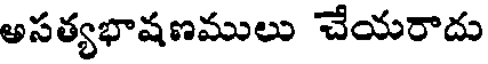
అసత్యభాషణములు చేయరాదు